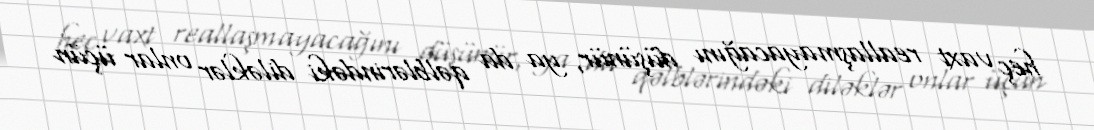
heç vaxt reallaşmayacağını düşünür, ya da qəlblərindəki diləklər onlar üçün